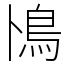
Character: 鳪